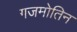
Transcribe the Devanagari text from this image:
गजमोतिन